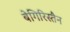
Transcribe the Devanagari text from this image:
बेगिरिस्तैन